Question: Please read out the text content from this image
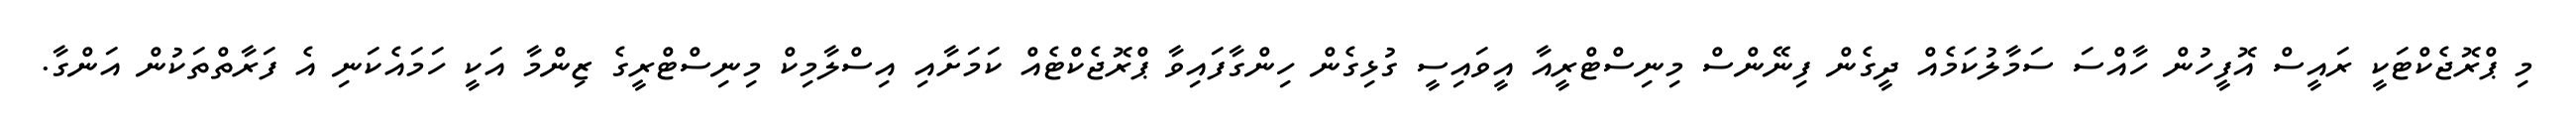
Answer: މި ޕްރޮޖެކްޓަކީ ރައީސް އޮފީހުން ހާއްސަ ސަމާލުކަމެއް ދީގެން ފިނޭންސް މިނިސްޓްރީއާ އީވައިސީ ގުޅިގެން ހިންގާފައިވާ ޕްރޮޖެކްޓެއް ކަމަށާއި އިސްލާމިކް މިނިސްޓްރީގެ ޒިންމާ އަކީ ހަމައެކަނި އެ ފަރާތްތަކުން އަންގާ.